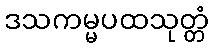
ဒသကမ္မပထသုတ္တံ